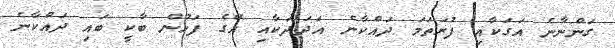
ގަންނާނެ އަގަކާއި ފުރަތަމަ ދައްކާނެ އަދަދަކާއި އޭގެ ފަހުން ބާކީ ބައި ދައްކާނެ